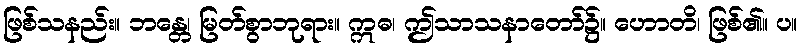
ဖြစ်သနည်း။ ဘန္တေ၊ မြတ်စွာဘုရား။ ဣဓ၊ ဤသာသနာတော်၌။ ဟောတိ၊ ဖြစ်၏။ ပ။